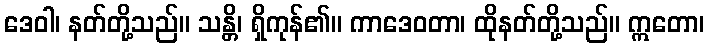
ဒေဝါ၊ နတ်တို့သည်။ သန္တိ၊ ရှိကုန်၏။ ကာဒေဝတာ၊ ထိုနတ်တို့သည်။ ဣတော၊